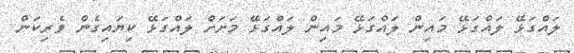
ލައްގަޅޭ ލަައްގަޅޭ މައިން ލައްގަޅޭ މައިން ލައްގަޅޭ މަށަށް ލައްގަޅޭ ކިޔައިގެން ވެރިކަން